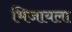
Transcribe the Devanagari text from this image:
भिजायला